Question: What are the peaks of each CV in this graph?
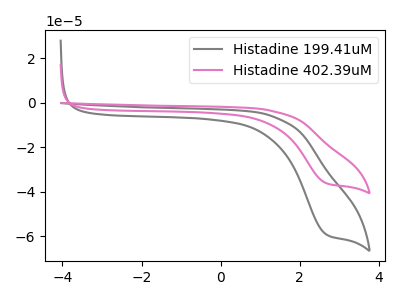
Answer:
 <answer>The gray curve "Histadine 199.41uM" has a cathodic peak at: (2.65V, -59.20uA). The pink curve "Histadine 402.39uM" has a cathodic peak at: (2.65V, -36.20uA).</answer>
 <eval></eval>